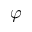
\varphi